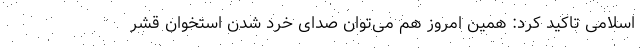
اسلامی تاکید کرد: همین امروز هم می‌توان صدای خُرد شدن استخوان قشر